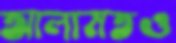
আলামতও